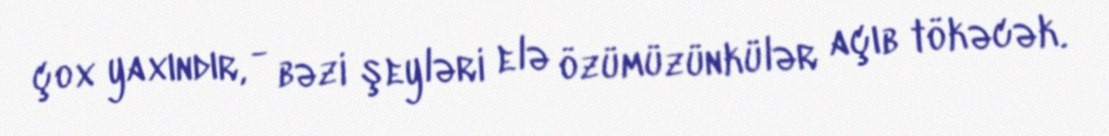
çox yaxındır, - bəzi şeyləri elə özümüzünkülər açıb tökəcək.